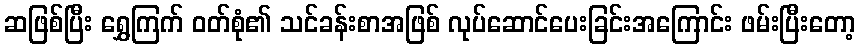
ဆဖြစ်ပြီး ရွှေကြက် ဝတ်စုံ၏ သင်ခန်းစာအဖြစ် လုပ်ဆောင်ပေးခြင်းအကြောင်း ဖမ်းပြီးတော့